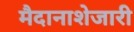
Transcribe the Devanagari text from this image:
मैदानाशेजारी